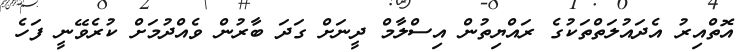
އޮތްއިރު އެދައުލަތްތަކުގެ ރައްޔިތުން އިސްލާމް ދީނަށް ގަދަ ބާރުން ވެއްދުމަށް ކުރެވޭނީ ފަހެ